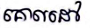
គោលដៅ